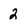
Character: 2